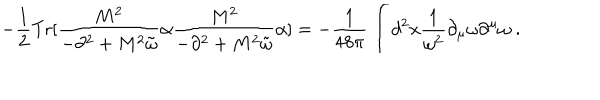
- \frac { 1 } { 2 } \mathrm { T r } [ \frac { M ^ { 2 } } { - \partial ^ { 2 } + M ^ { 2 } { \tilde { \omega } } } \alpha \frac { M ^ { 2 } } { - \partial ^ { 2 } + M ^ { 2 } { \tilde { \omega } } } \alpha ] = - { \frac { 1 } { 4 8 \pi } } \int d ^ { 2 } x { \frac { 1 } { \omega ^ { 2 } } } \partial _ { \mu } \omega \partial ^ { \mu } \omega \; .